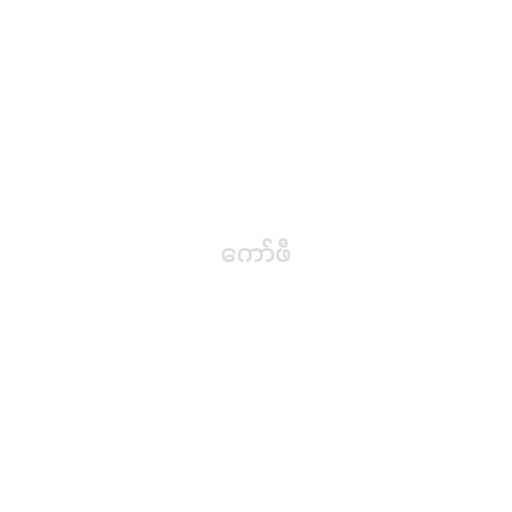
ကော်ဖီ